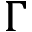
\Gamma